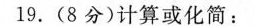
19.(8分)计算或化简：